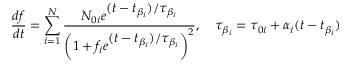
\frac { d f } { d t } = \sum _ { i = 1 } ^ { N } \displaystyle \frac { N _ { 0 i } e ^ { \displaystyle ( t - t _ { \beta _ { i } } ) / \tau _ { \beta _ { i } } } } { \left( 1 + f _ { i } e ^ { \displaystyle ( t - t _ { \beta _ { i } } ) / \tau _ { \beta _ { i } } } \right) ^ { 2 } } , ~ ~ ~ \tau _ { \beta _ { i } } = \tau _ { 0 i } + \alpha _ { i } ( t - t _ { \beta _ { i } } )